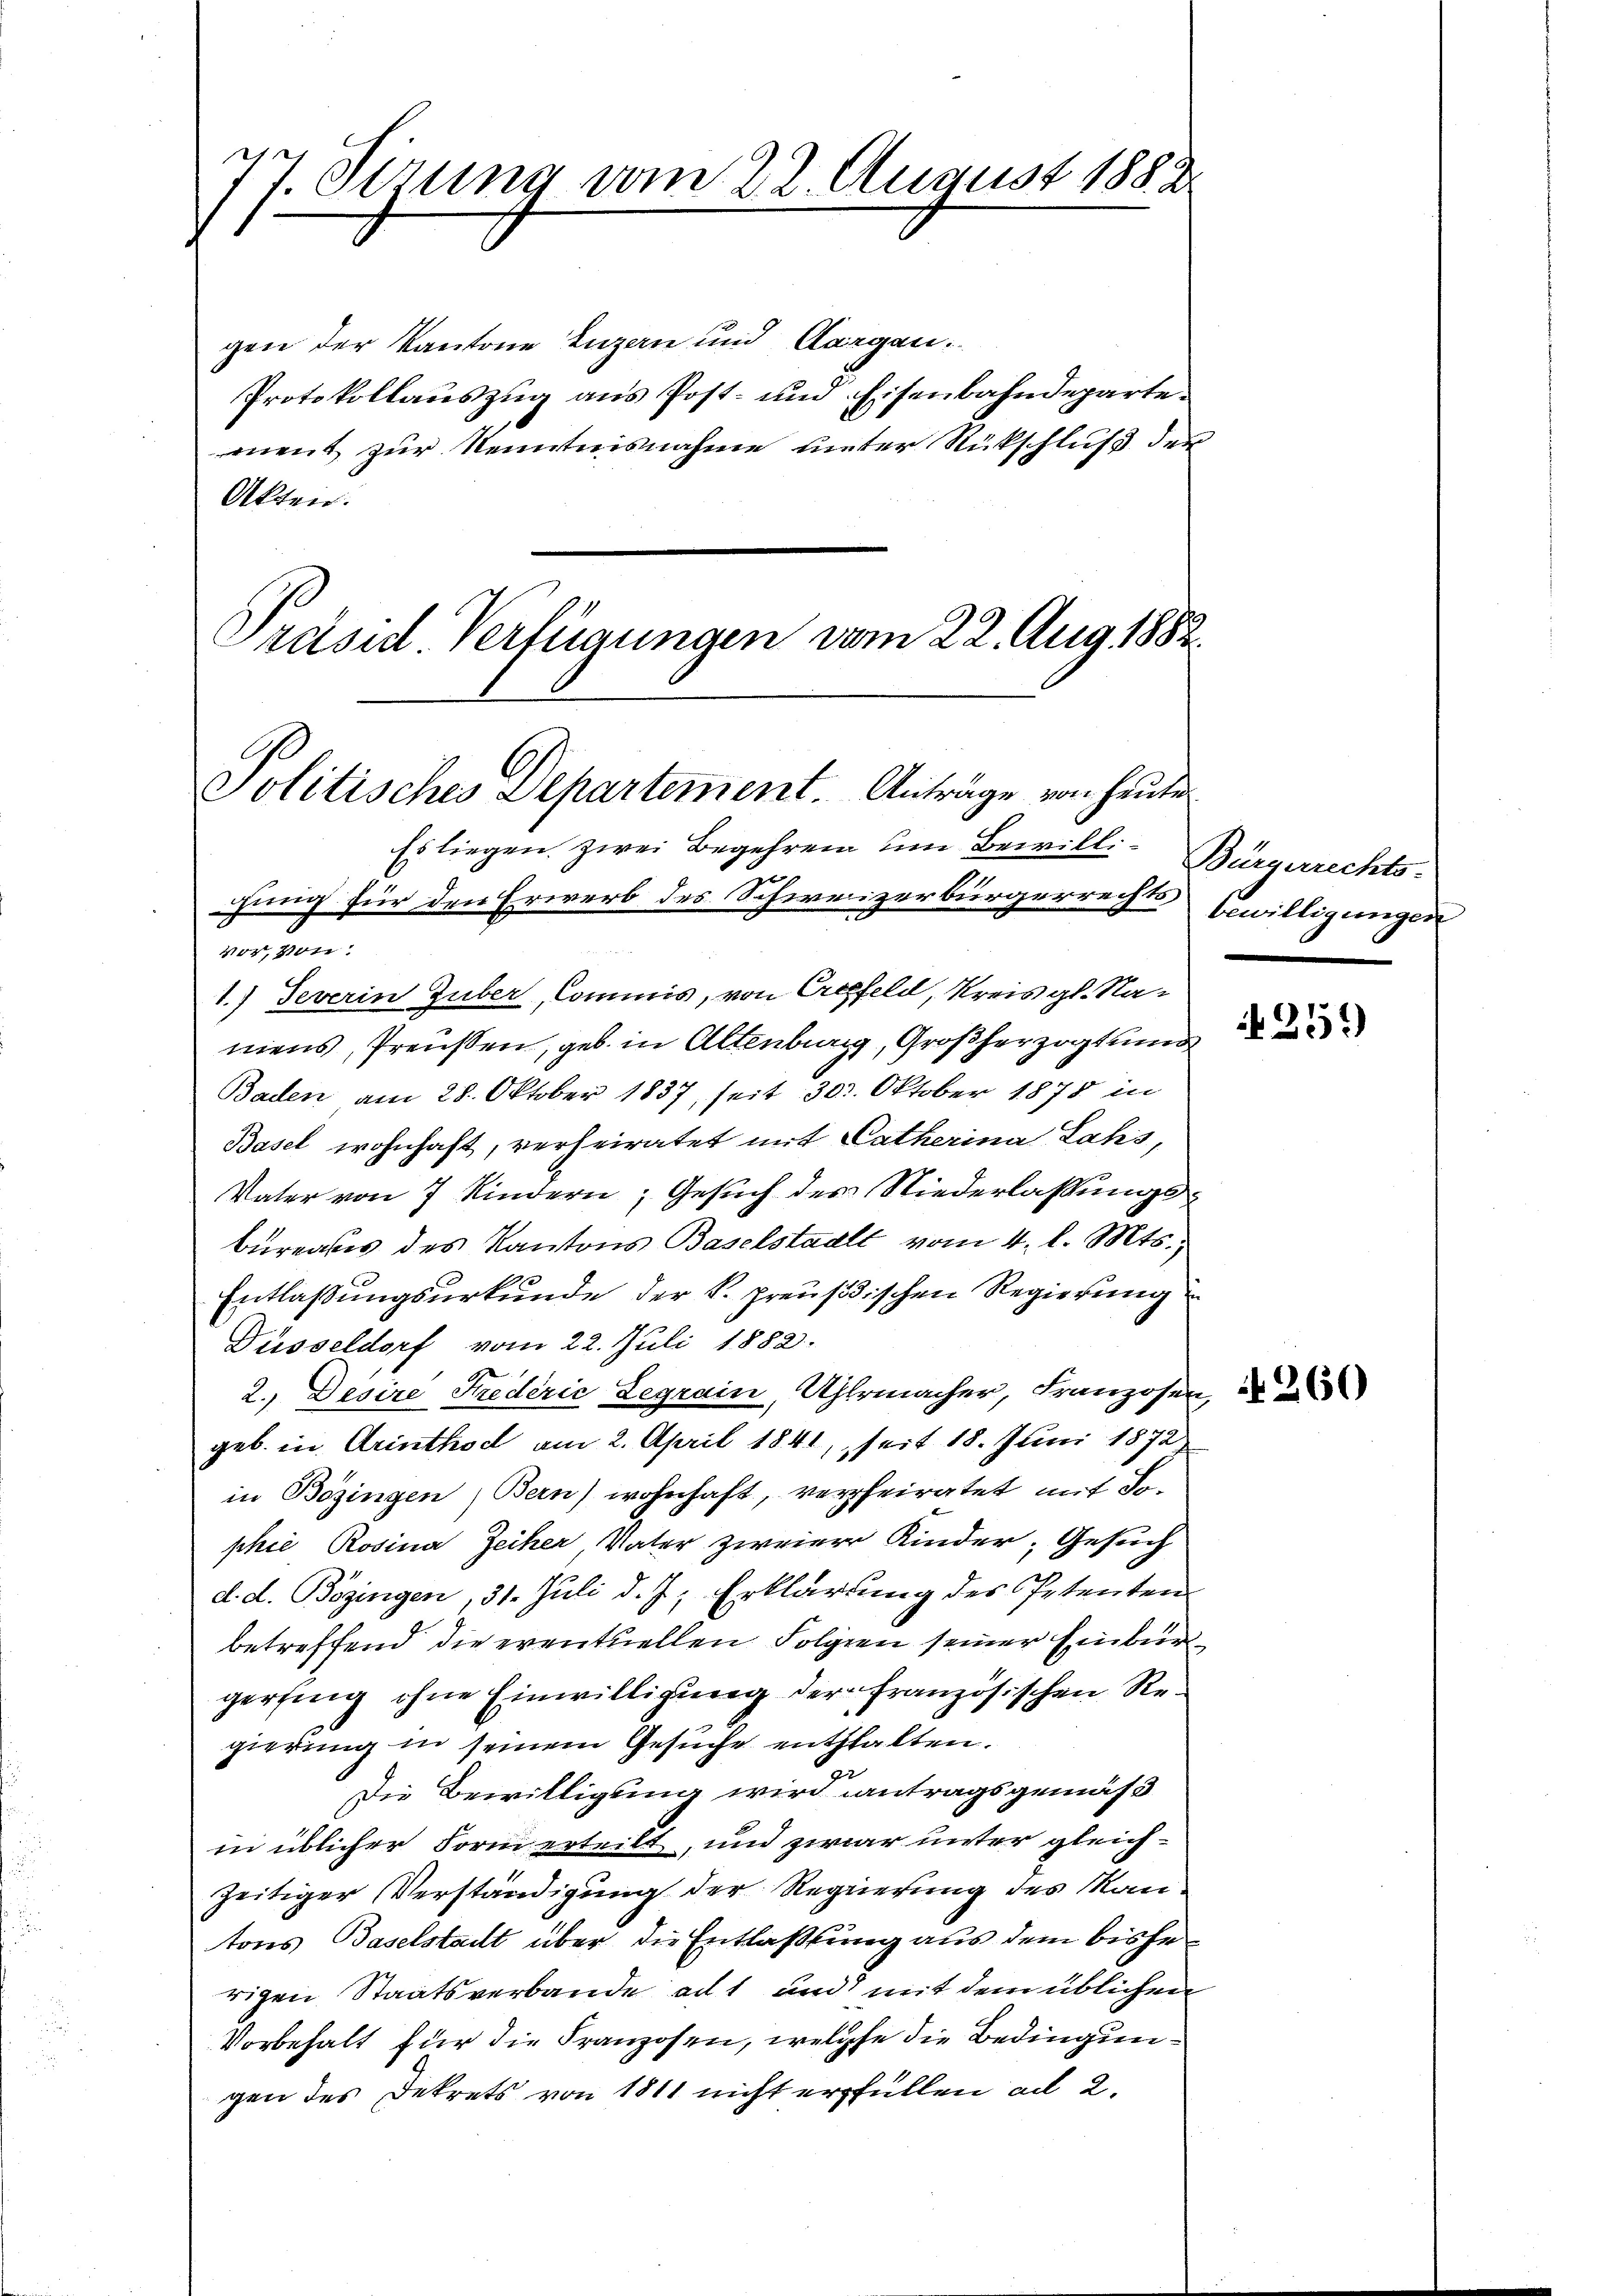
77. Sizung vom 22. August 1882

gen der Kantone Inzen und Aargau.
Protokollauszug aus Post- und Eisenbahndepartemnent zur Kenntnisnahme unter Rückschluß der
Akten.
Präsid Verfügungen vom 22. Aug. 1882.

Politisches Departement. Anträge von heute
Es liegen zwei Begehren um Bewilli-Bürgerrechts-

bewilligungen
251)

gung für den Erwerb des Schweizerbürgerrechts
vor, von
1.) Severin Guber, Commis, von Creefeld, Kreis gl. Naniens, Preußen, geb. in Altenburg, Großherzogtund
Baden am 28. Oktober 1837, seit 30. Oktober 1878 in
Basel wohnhaft, verheiratet mit Catherina Lahs,
Vater von 7 Kindern, Gesuch des Niederlassungsbureaus des Kantons Baselstaalt vom 4. l. Mts.
1
Entlaßungsurkunde der k. preußischen Regierung
Düsseldorf vom 22. Juli 1882.
2. Desire Stredérić Legrain, Uhrmacher, Franzosen,
geb. in Arinthod am 2. April 1841, seit 18. Juni 1872
in Bözingen Bern) wohnhaft, verheiratet mit So-
phie Rosina Zeiher Vater zweier Kinder, Gesuch
d. d. Bözingen, 31. Juli d. J., Erklärung des Petenten
betreffend die eventuellen Folgen seiner Einburgerfing ohne Einwilligung der französischen Regierung in seinem Gesuche entstalten.
Die Bewilligung wird antragsgemäß
in üblicher Form erteilt, und zwar unter gleichzeitiger Verständigung der Regierung des Kantons Baselstadt über die Entlaßung aus dem bisherigen Staatsverbande ad 1 und mit dem üblichen
Vorbehalt für die Franzosen, welche die Bedingungen des Dekrets von 1811 nicht erfüllen ad 2.

260